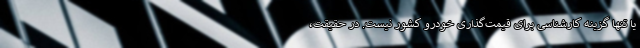
یا تنها گزینه کارشناسی برای قیمت‌گذاری خودرو کشور نیست. در حقیقت،